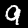
Digit: 9